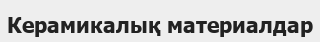
Керамикалық материалдар